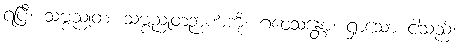
ရပြီ။ သဗ္ဗညုတံ၊ သဗ္ဗညုတဉာဏ်ကို။ ဂဝေသန္တော၊ ရှာသော ငါသည်။